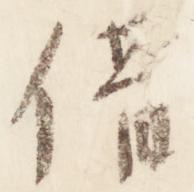
借